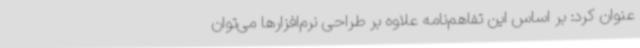
عنوان کرد: بر اساس این تفاهم‌نامه علاوه بر طراحی نرم‌افزارها می‌توان